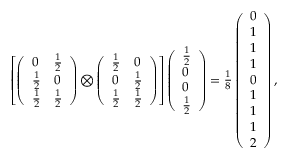
\begin{array} { r } { \left[ \left( \begin{array} { l l } { 0 } & { \frac { 1 } { 2 } } \\ { \frac { 1 } { 2 } } & { 0 } \\ { \frac { 1 } { 2 } } & { \frac { 1 } { 2 } } \end{array} \right) \bigotimes \left( \begin{array} { l l } { \frac { 1 } { 2 } } & { 0 } \\ { 0 } & { \frac { 1 } { 2 } } \\ { \frac { 1 } { 2 } } & { \frac { 1 } { 2 } } \end{array} \right) \right] \left( \begin{array} { l } { \frac { 1 } { 2 } } \\ { 0 } \\ { 0 } \\ { \frac { 1 } { 2 } } \end{array} \right) = \frac { 1 } { 8 } \left( \begin{array} { l } { 0 } \\ { 1 } \\ { 1 } \\ { 1 } \\ { 0 } \\ { 1 } \\ { 1 } \\ { 1 } \\ { 2 } \end{array} \right) , } \end{array}